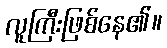
လူကြီးဖြစ်နေ၏။